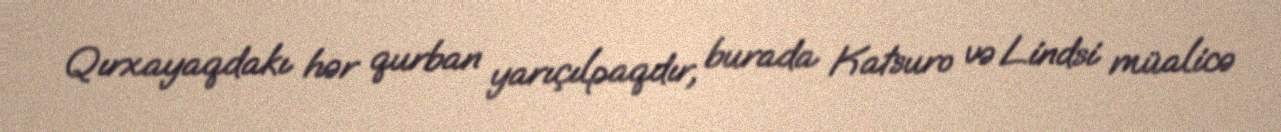
Qırxayaqdakı hər qurban yarıçılpaqdır, burada Katsuro və Lindsi müalicə